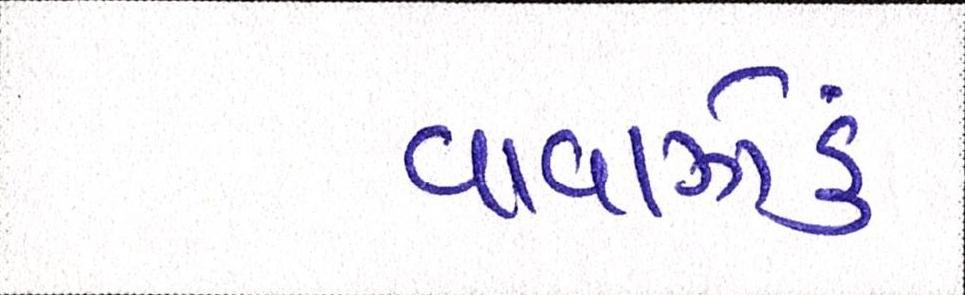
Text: વાવાઝોડું